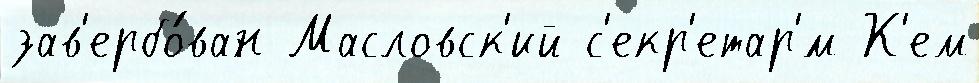
зав'ербо́ван Масловск'ий с'екр'етар'́м К'ем